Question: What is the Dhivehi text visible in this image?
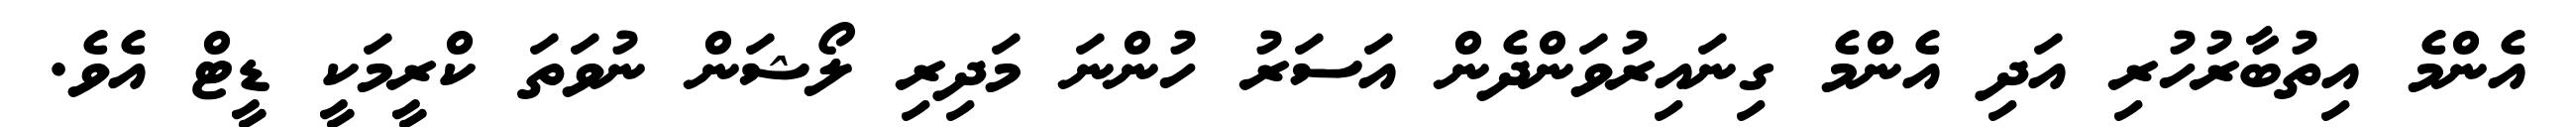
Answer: އެންމެ އިތުބާރުހުރި އަދި އެންމެ ގިނައިރުވަންދެން އަސަރު ހުންނަ މަދިރި ލޯޝަން ނުވަތަ ކްރީމަކީ ޑީޓް އެވެ.